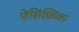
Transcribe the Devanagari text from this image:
पेसिफ़िका